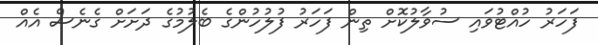
ފަހަރު ހުއްޓުވައި ސުވާލުކޮށް ތިން ފަހަރު ފުލުހުންގެ ބެލުމުގެ ދަށަށް ގެނެސް އެއް